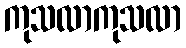
ကုသလာကုသလာ